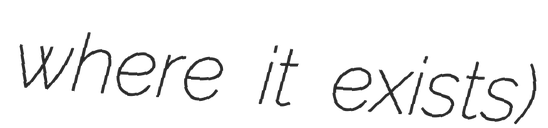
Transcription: where it exists)